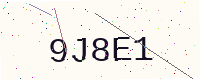
Text: 9J8E1